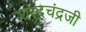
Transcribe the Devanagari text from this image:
शरदचंद्रजी